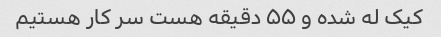
کیک له شده و ۵۵ دقیقه هست سر کار هستیم